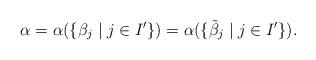
LaTeX: \begin{align*}\alpha=\alpha(\{\beta_j\mid j\in I'\})=\alpha(\{\tilde{\beta}_j\mid j\in I'\}).\end{align*}